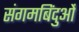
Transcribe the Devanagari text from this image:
संगमबिंदुओं